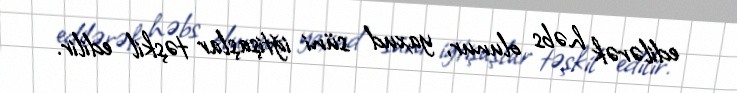
edilərək həbs olunur, yaxud süni iğtişaşlar təşkil edilir.